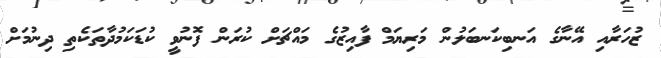
ޒުހަރާއި އޭނާގެ އަނބިކަނބަލުން މަރިޔަމް ފާއިޒުގެ މައްޗަށް ކުރަން ފޮނުވީ ކުޑަކަމުދާތަކެތި ދިނުމަށް